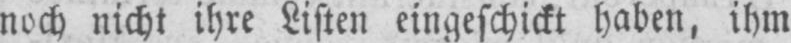
noch nicht ihre Listen eingeschickt haben, ihm